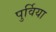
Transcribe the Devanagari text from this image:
पुर्विया